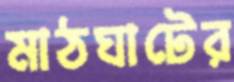
মাঠঘাটের